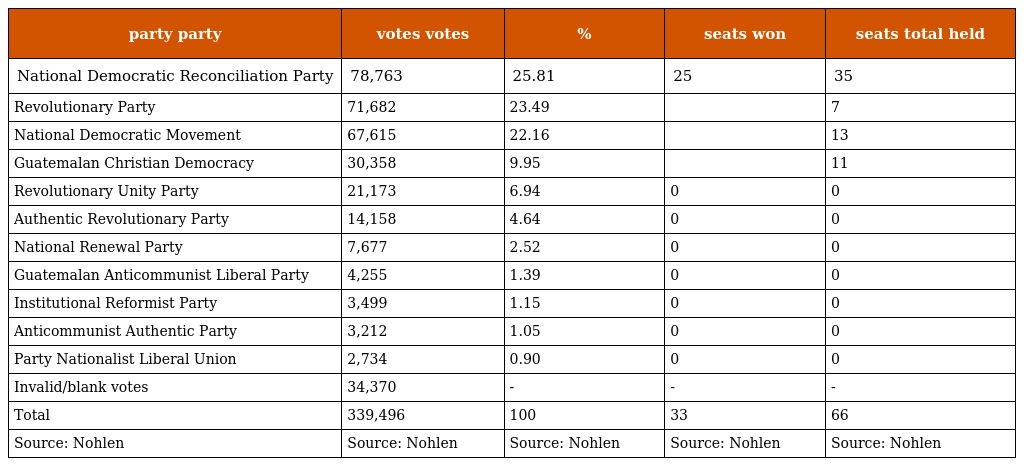
| party party | votes votes | % | seats won | seats total held |
 | --- | --- | --- | --- | --- |
 | National Democratic Reconciliation Party | 78,763 | 25.81 | 25 | 35 |
 | Revolutionary Party | 71,682 | 23.49 |  | 7 |
 | National Democratic Movement | 67,615 | 22.16 |  | 13 |
 | Guatemalan Christian Democracy | 30,358 | 9.95 |  | 11 |
 | Revolutionary Unity Party | 21,173 | 6.94 | 0 | 0 |
 | Authentic Revolutionary Party | 14,158 | 4.64 | 0 | 0 |
 | National Renewal Party | 7,677 | 2.52 | 0 | 0 |
 | Guatemalan Anticommunist Liberal Party | 4,255 | 1.39 | 0 | 0 |
 | Institutional Reformist Party | 3,499 | 1.15 | 0 | 0 |
 | Anticommunist Authentic Party | 3,212 | 1.05 | 0 | 0 |
 | Party Nationalist Liberal Union | 2,734 | 0.90 | 0 | 0 |
 | Invalid/blank votes | 34,370 | - | - | - |
 | Total | 339,496 | 100 | 33 | 66 |
 | Source: Nohlen | Source: Nohlen | Source: Nohlen | Source: Nohlen | Source: Nohlen |